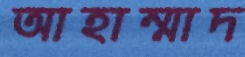
আহাম্মাদ